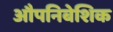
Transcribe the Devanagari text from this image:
औपनिबेशिक